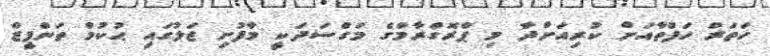
ހަތަރު ހަފްތާއަށް ކުރިއަށްދާ މި ޕްރޮގްރާމްގެ މަގްސަދަކީ މާފުށި ޖަލުގައި ޙުކުމް ތަންފީޒް